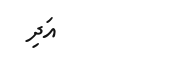
އަދި